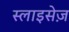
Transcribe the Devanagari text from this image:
स्लाइसेज़